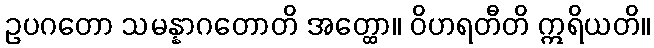
ဥပဂတော သမန္နာဂတောတိ အတ္ထော။ ဝိဟရတီတိ ဣရိယတိ။